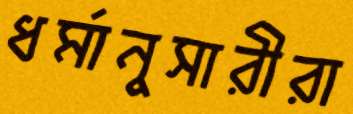
ধর্মানুসারীরা